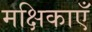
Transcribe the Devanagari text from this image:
मक्षिकाएँ